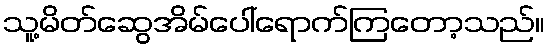
သူ့မိတ်ဆွေအိမ်ပေါ်ရောက်ကြတော့သည်။